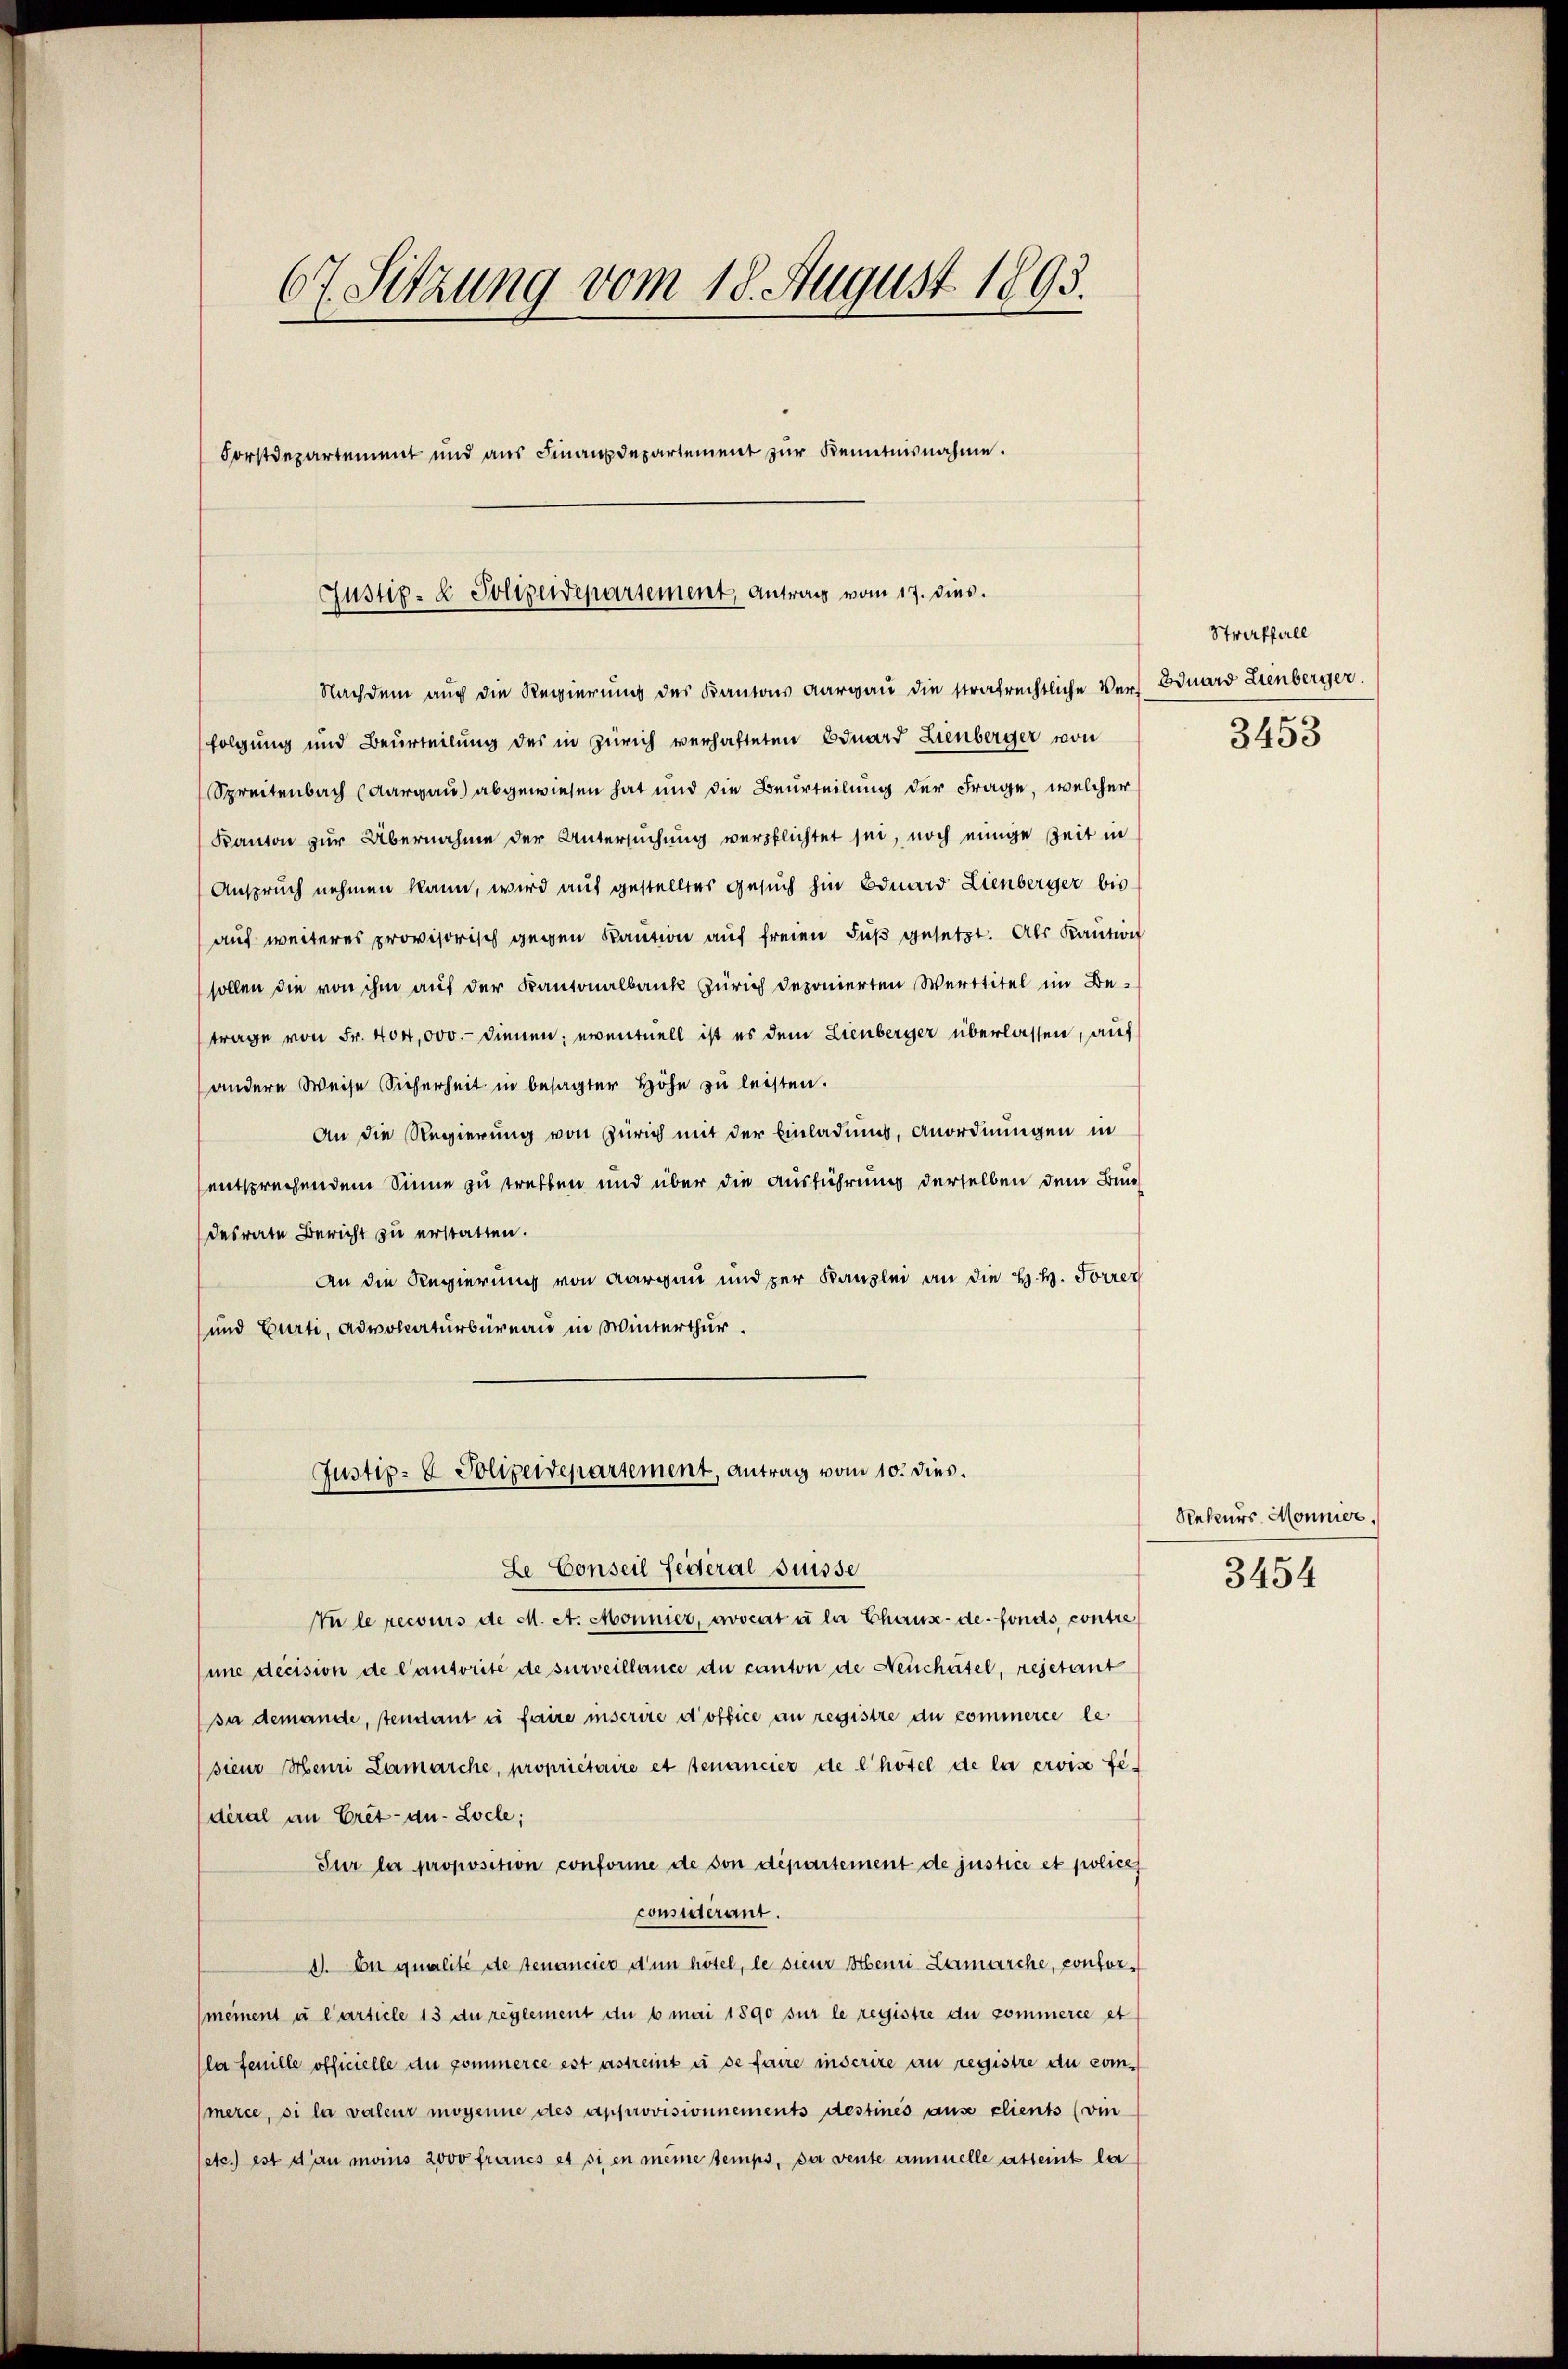
67. Sitzung vom 18. August 1893.
Forstdepartement und aus Finanzdepartement zur Kenntnisnahme.

Justiz- & Polizeidepartement, Antrag vom 17. dies.

Nachdem auch die Regierung des Kantons Aargau die strafrechtliche Verfolgung und Beurteilung des in Zürich verhafteten Eduard Lienberger von
Spreitenbach (Aargau) abgewiesen hat und die Beurteilung der Frage, welcher
Kanton zur Übernahme der Untersuchung verpflichtet sei, noch einige Zeit in
Anspruch nehmen kann, wird auf gestelltes Gesuch hin Eduard Lienberger bis
auf weiteres provisorisch gegen Kaution auf freien Fuß gesetzt. Als Kaution
sollen die von ihm auf der Kantonalbank Zürich deponierten Werttitel im Be-
trage von Fr. 404,000.- dienen, eventuell ist es dem Lienberger überlassen, auf
(andere Weise Sicherheit in besagter Höhe zu leisten.
An die Regierung von Zürich mit der Einladung, Anordnungen in
entsprechendem Sinne zu treffen und über die Ausführung derselben dem Bundesrate Bericht zu erstatten.
An die Regierung von Aargau und zur Kanzlei an die H. H. Forrer
und Curti, Advokaturbureau in Winterthur.
Justiz- & Polizeidepartement, Antrag vom 10. dies.
Le Conseil Federal Suisse
In le recours de M. A. Monnier, avocat u la Chaux-de-Fonds contre
une decision de l’autorité de surveillance du canton de Neuchatel, rejetant
si demande, tendant in faire inscrire d’office an registre du commerce le
sieur Meni Lemarche, propriétaire et stenancier de l’hotel de la croise fedéral an Cret-au-Locle;
Sur la proposition conforme de von département de justice et policey
considerant.
d. On qualité de tenancier d’un hotel, le sieur Henri Lamarche, conformeinent u l’article 13 du reglement du b mai 1890 sur le registre du commerce et
la feuille officielle du commerce est astreint à se faire inscrire an registre du commerce, si la valeur mogenne des approvisionnements destinés aus clients (vin
etc.) ist dan mais 2000 francs et si en meine temps, da vente annuelle abseint la

Straffall
Eduard Lienberger.

3453

Rekurs Mönnier.

3454